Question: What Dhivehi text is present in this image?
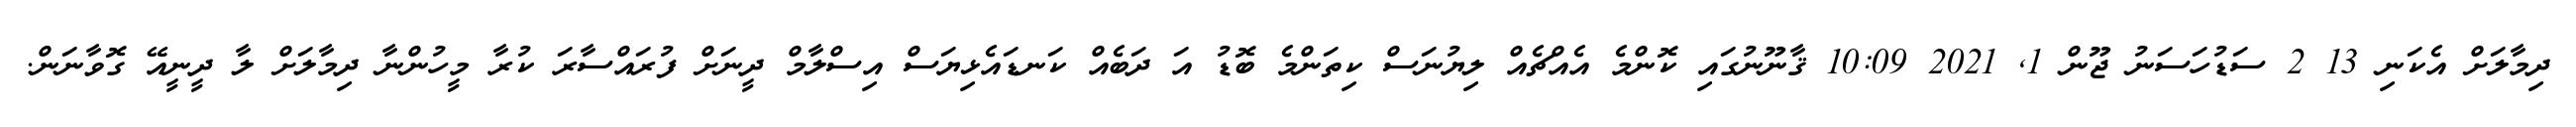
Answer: ދިމާލަށް އެކަނި 13 2 ސަޑުހަސަނު ޖޫން 1, 2021 10:09 ޤާނޫނުގައި ކޮންމެ އެއްޗެއް ލިޔުނަސް ކިތަންމެ ބޮޑު އަ ދަބެއް ކަނޑައެޅިޔަސް އިސްލާމް ދީނަށް ފުރައްސާރަ ކުރާ މީހުންނާ ދިމާލަށް ލާ ދީނީއޭ ގޮވާނަން.